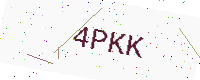
Text: 4PKK